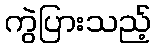
ကွဲပြားသည့်